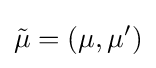
{\tilde {\mu }}=(\mu ,{\mu }')